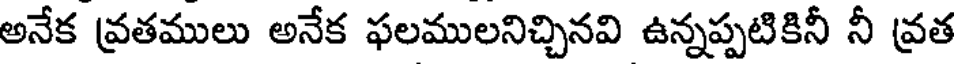
అనేక వ్రతములు అనేక ఫలములనిచ్చినవి ఉన్నప్పటికినీ నీ వ్రత